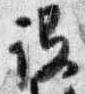
設